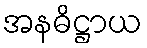
အနဓိဋ္ဌာယ